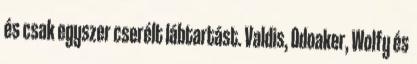
és csak egyszer cserélt lábtartást. Valdis, Odoaker, Wolfy és